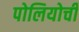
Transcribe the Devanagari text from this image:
पोलियोची